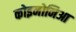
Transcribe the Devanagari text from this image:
कोइनोनिआ